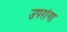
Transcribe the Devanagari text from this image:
उपरांगा